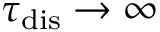
\tau _ { \mathrm { { d i s } } } \rightarrow \infty